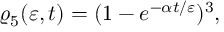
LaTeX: \varrho _ { 5 } ( \varepsilon , t ) = ( 1 - e ^ { - \alpha t / \varepsilon } ) ^ { 3 } \nonumber ,